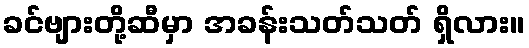
ခင်ဗျားတို့ဆီမှာ အခန်းသတ်သတ် ရှိလား။